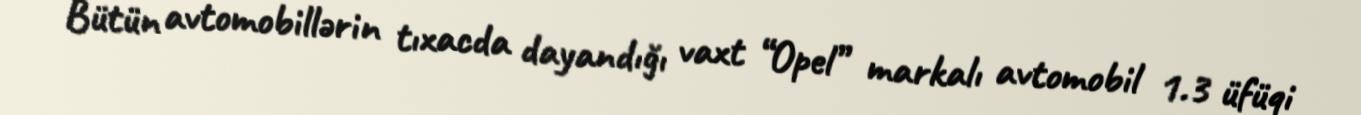
Bütün avtomobillərin tıxacda dayandığı vaxt “Opel” markalı avtomobil 1.3 üfüqi